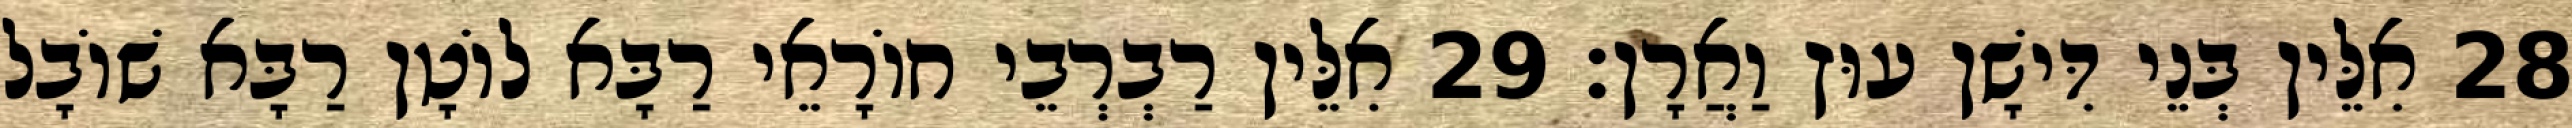
28 אִלֵּין בְּנֵי דִּישָׁן עוּץ וַאֲרָן׃ 29 אִלֵּין רַבְרְבֵי חוֹרָאֵי רַבָּא לוֹטָן רַבָּא שׁוֹבָל